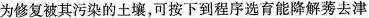
为修复被其污染的土壤，可按下到程序选育能降解莠去津